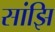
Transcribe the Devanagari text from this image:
सांझि